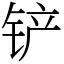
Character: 铲